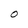
Character: O